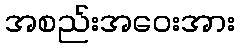
အစည်းအဝေးအား